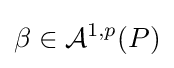
\beta \in {\mathcal {A}}^{1,p}(P)